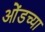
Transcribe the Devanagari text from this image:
ओंडच्या